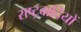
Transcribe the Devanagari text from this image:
राष्‍ट्रवादियों